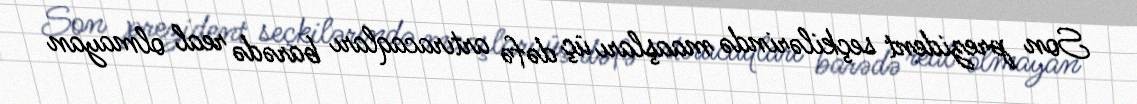
Son prezident seçkilərində maaşları üç dəfə artıracaqları barədə real olmayan